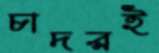
চাদরই